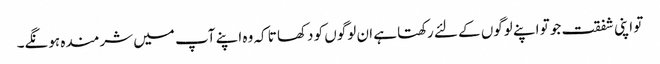
تو اپنی شفقت جو تو اپنے لوگوں کے لئے رکھتا ہے ان لوگوں کو دکھا تا کہ وہ اپنے آپ میں شرمندہ ہونگے۔